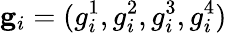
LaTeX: \mathbf{g}_{i}=(g_{i}^{1},g_{i}^{2},g_{i}^{3},g_{i}^{4})